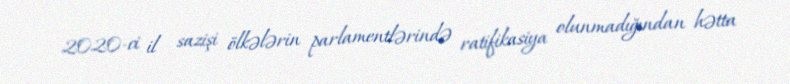
2020-ci il sazişi ölkələrin parlamentlərində ratifikasiya olunmadığından hətta